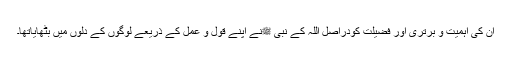
ان کی اہمیت و برتری اور فضیلت کودراصل اللہ کے نبی ﷺنے اپنے قول و عمل کے ذریعے لوگوں کے دلوں میں بٹھایاتھا۔